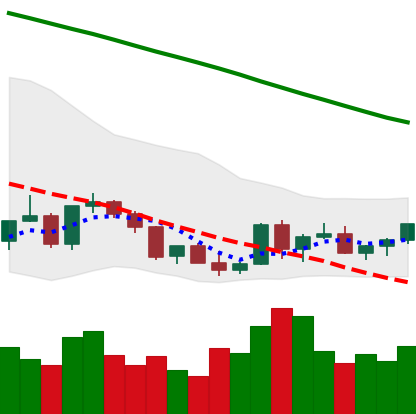
Ticker: XLM-USD
Chart end date: 2022-03-16
Forward return: 7.722%
Label: up_7plus